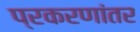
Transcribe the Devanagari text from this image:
प्रकरणांतर